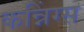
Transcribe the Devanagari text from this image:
कन्निंग्स